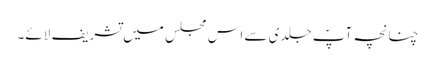
چنانچہ آپؐ جلدی سے اس مجلس میں تشریف لائے۔